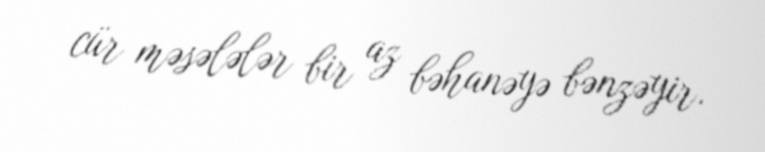
cür məsələlər bir az bəhanəyə bənzəyir.